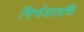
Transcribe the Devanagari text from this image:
निर्णयावधि